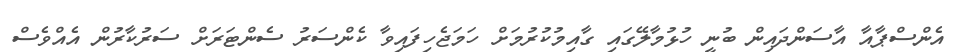
އެންސްޕާއާ އާސަންދައިން ބުނީ ހުޅުމާލޭގައި ގާއިމުކުރުމަށް ހަމަޖެހިފައިވާ ކެންސަރު ސެންޓަރަށް ސަރުކާރުން އެއްވެސް